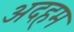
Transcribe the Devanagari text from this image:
अदहम